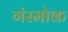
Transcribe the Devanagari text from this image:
गंस्मोक